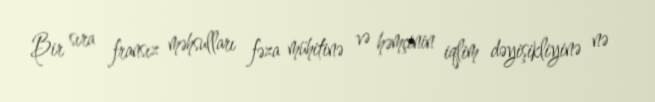
Bir sıra fransız məhsulları fəza mühitinə və həmçinin iqlim dəyişikliyinə nə